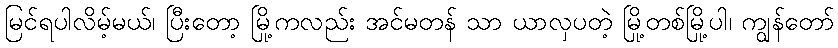
မြင်ရပါလိမ့်မယ်၊ ပြီးတော့ မြို့ကလည်း အင်မတန် သာ ယာလှပတဲ့ မြို့တစ်မြို့ပါ၊ ကျွန်တော်